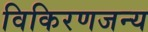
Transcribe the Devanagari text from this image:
विकिरणजन्य